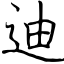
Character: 迪